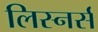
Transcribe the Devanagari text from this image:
लिस्नर्स